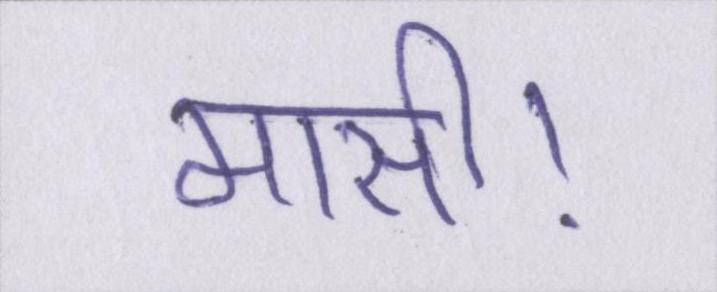
मासी।